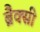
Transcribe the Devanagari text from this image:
ब्रैक्सी